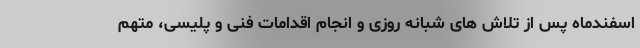
اسفندماه پس از تلاش های شبانه روزی و انجام اقدامات فنی و پلیسی، متهم